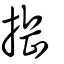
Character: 捳